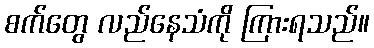
စက်တွေ လည်နေသံကို ကြားရသည်။